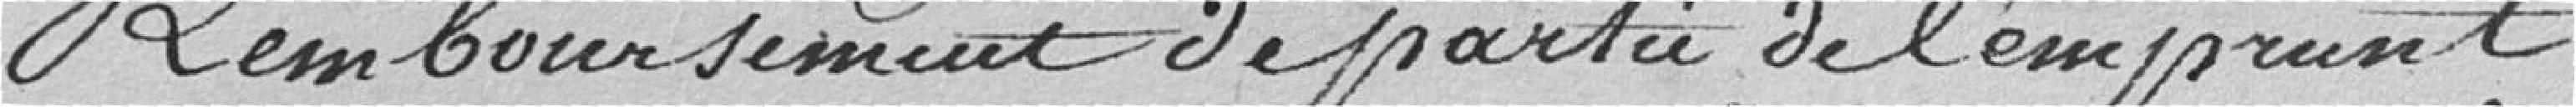
Remboursement de la partie de l'emprunt